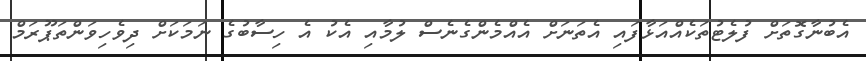
އެބުނާގޮތަށް ފުލެޓުތަކެއްއަޅާފައި އެތަނަށް އެއްމެންގެނެސް ލުމާއި އެކު އެ ހިސާބުގެ ނަމަކަށް ދިވެހިވަންތަޕޫރަމް